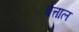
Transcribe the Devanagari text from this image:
बेत्ताल